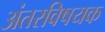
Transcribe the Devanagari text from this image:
अंतरविषयक